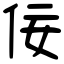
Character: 佞